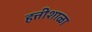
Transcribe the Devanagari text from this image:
हत्तीशाळा